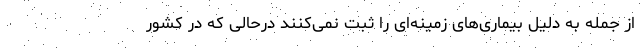
از جمله به دلیل بیماری‌های زمینه‌ای را ثبت نمی‌کنند درحالی که در کشور